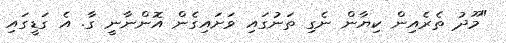
"މޫދު ތެރެއިން ކިޔާން ނެގި ތަނުގައި ވަށައިގެން އޮންނާނީ ގާ. އެ ގަޑީގައި